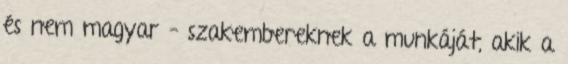
és nem magyar – szakembereknek a munkáját, akik a